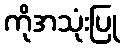
ကိုအသုံးပြု